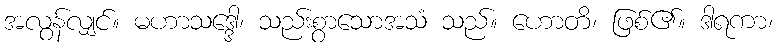
အလွန်လျှင်။ မဟာသဒ္ဒေါ၊ သည်းစွာသောအသံ သည်။ ဟောတိ၊ ဖြစ်၏။ ဒါရကာ၊